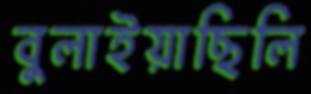
বুলাইয়াছিলি